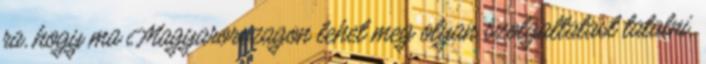
ra, hogy ma Magyarorszagon lehet meg olyan szolgaltatast talalni,